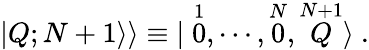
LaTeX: \vert Q;N+1\rangle\rangle\equiv\vert\stackrel{1}{0},\cdots,\stackrel{N}{0},\stackrel{N+1}{Q}\rangle\ .